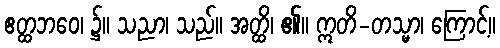
ဧတ္ထဘဝေ၊ ၌။ သညာ၊ သည်။ အတ္ထိ၊ ၏။ ဣတိ-တသ္မာ၊ ကြောင့်။